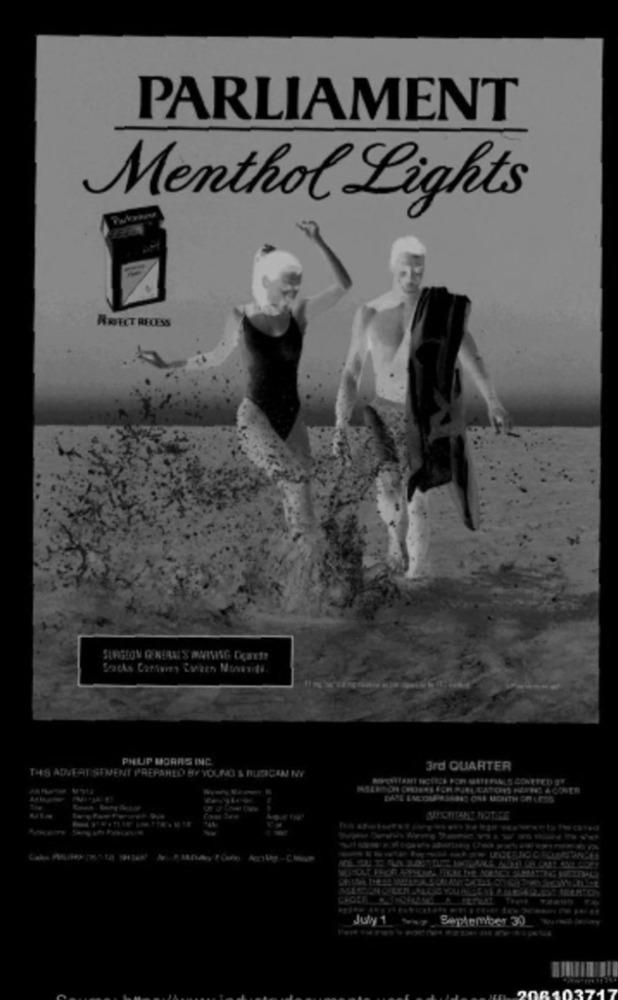
PARLIAMENT
Menthol Lights
RRFECT RECESS
PHUP MORAG INC
3rd QUARTER
THS ADVERTISEMENT PREPARED BY YOURO & BUZICEN NY
July 1 . September 30
208103717